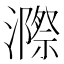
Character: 𭳋